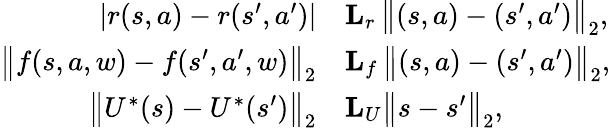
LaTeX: \begin{array}{rl}{|r(s,a)-r(s^{\prime},a^{\prime})|}&{\le L_{r}\, \bigl\| (s,a)-(s^{\prime},a^{\prime})\bigr\| _{2},}\\ {\bigl\| f(s,a,w)-f(s^{\prime},a^{\prime},w)\bigr\| _{2}}&{\le L_{f}\, \bigl\| (s,a)-(s^{\prime},a^{\prime})\bigr\| _{2},}\\ {\bigl\| U^{*}(s)-U^{*}(s^{\prime})\bigl\| _{2}}&{\le L_{U}\bigl\| s-s^{\prime}\bigr\| _{2},}\end{array}